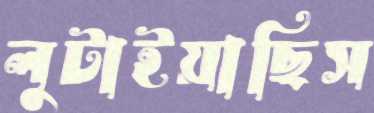
লুটাইয়াছিস